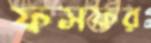
ফসফর